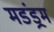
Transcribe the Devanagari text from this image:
मडंड्रम